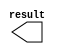
module con_1bit_0 (
	result);

	output	[0:0]  result;

endmodule